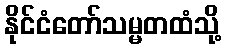
နိုင်ငံတော်သမ္မတထံသို့